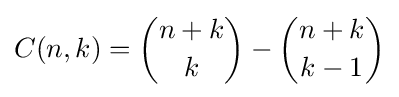
C(n,k)={\binom {n+k}{k}}-{\binom {n+k}{k-1}}